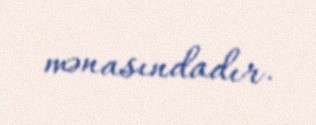
mənasındadır.